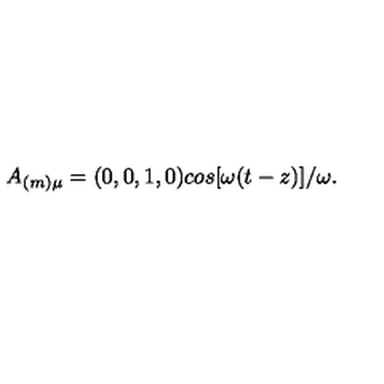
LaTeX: A _ { ( m ) \mu } = ( 0 , 0 , 1 , 0 ) c o s [ \omega ( t - z ) ] / \omega .